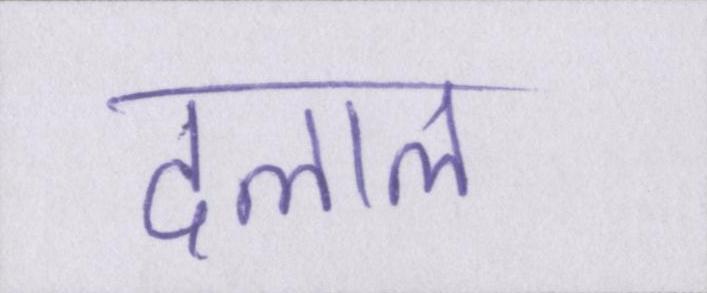
दलाल